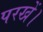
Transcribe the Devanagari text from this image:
परखें।